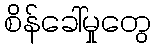
စိန်ခေါ်မှုတွေ